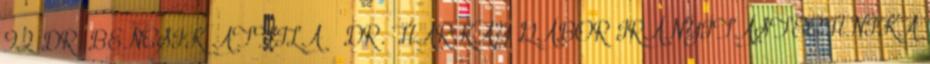
92 DR. BENCSIK ATTILA – DR. HARKAY GÁBOR IRÁNYÍTÁSTECHNIKA